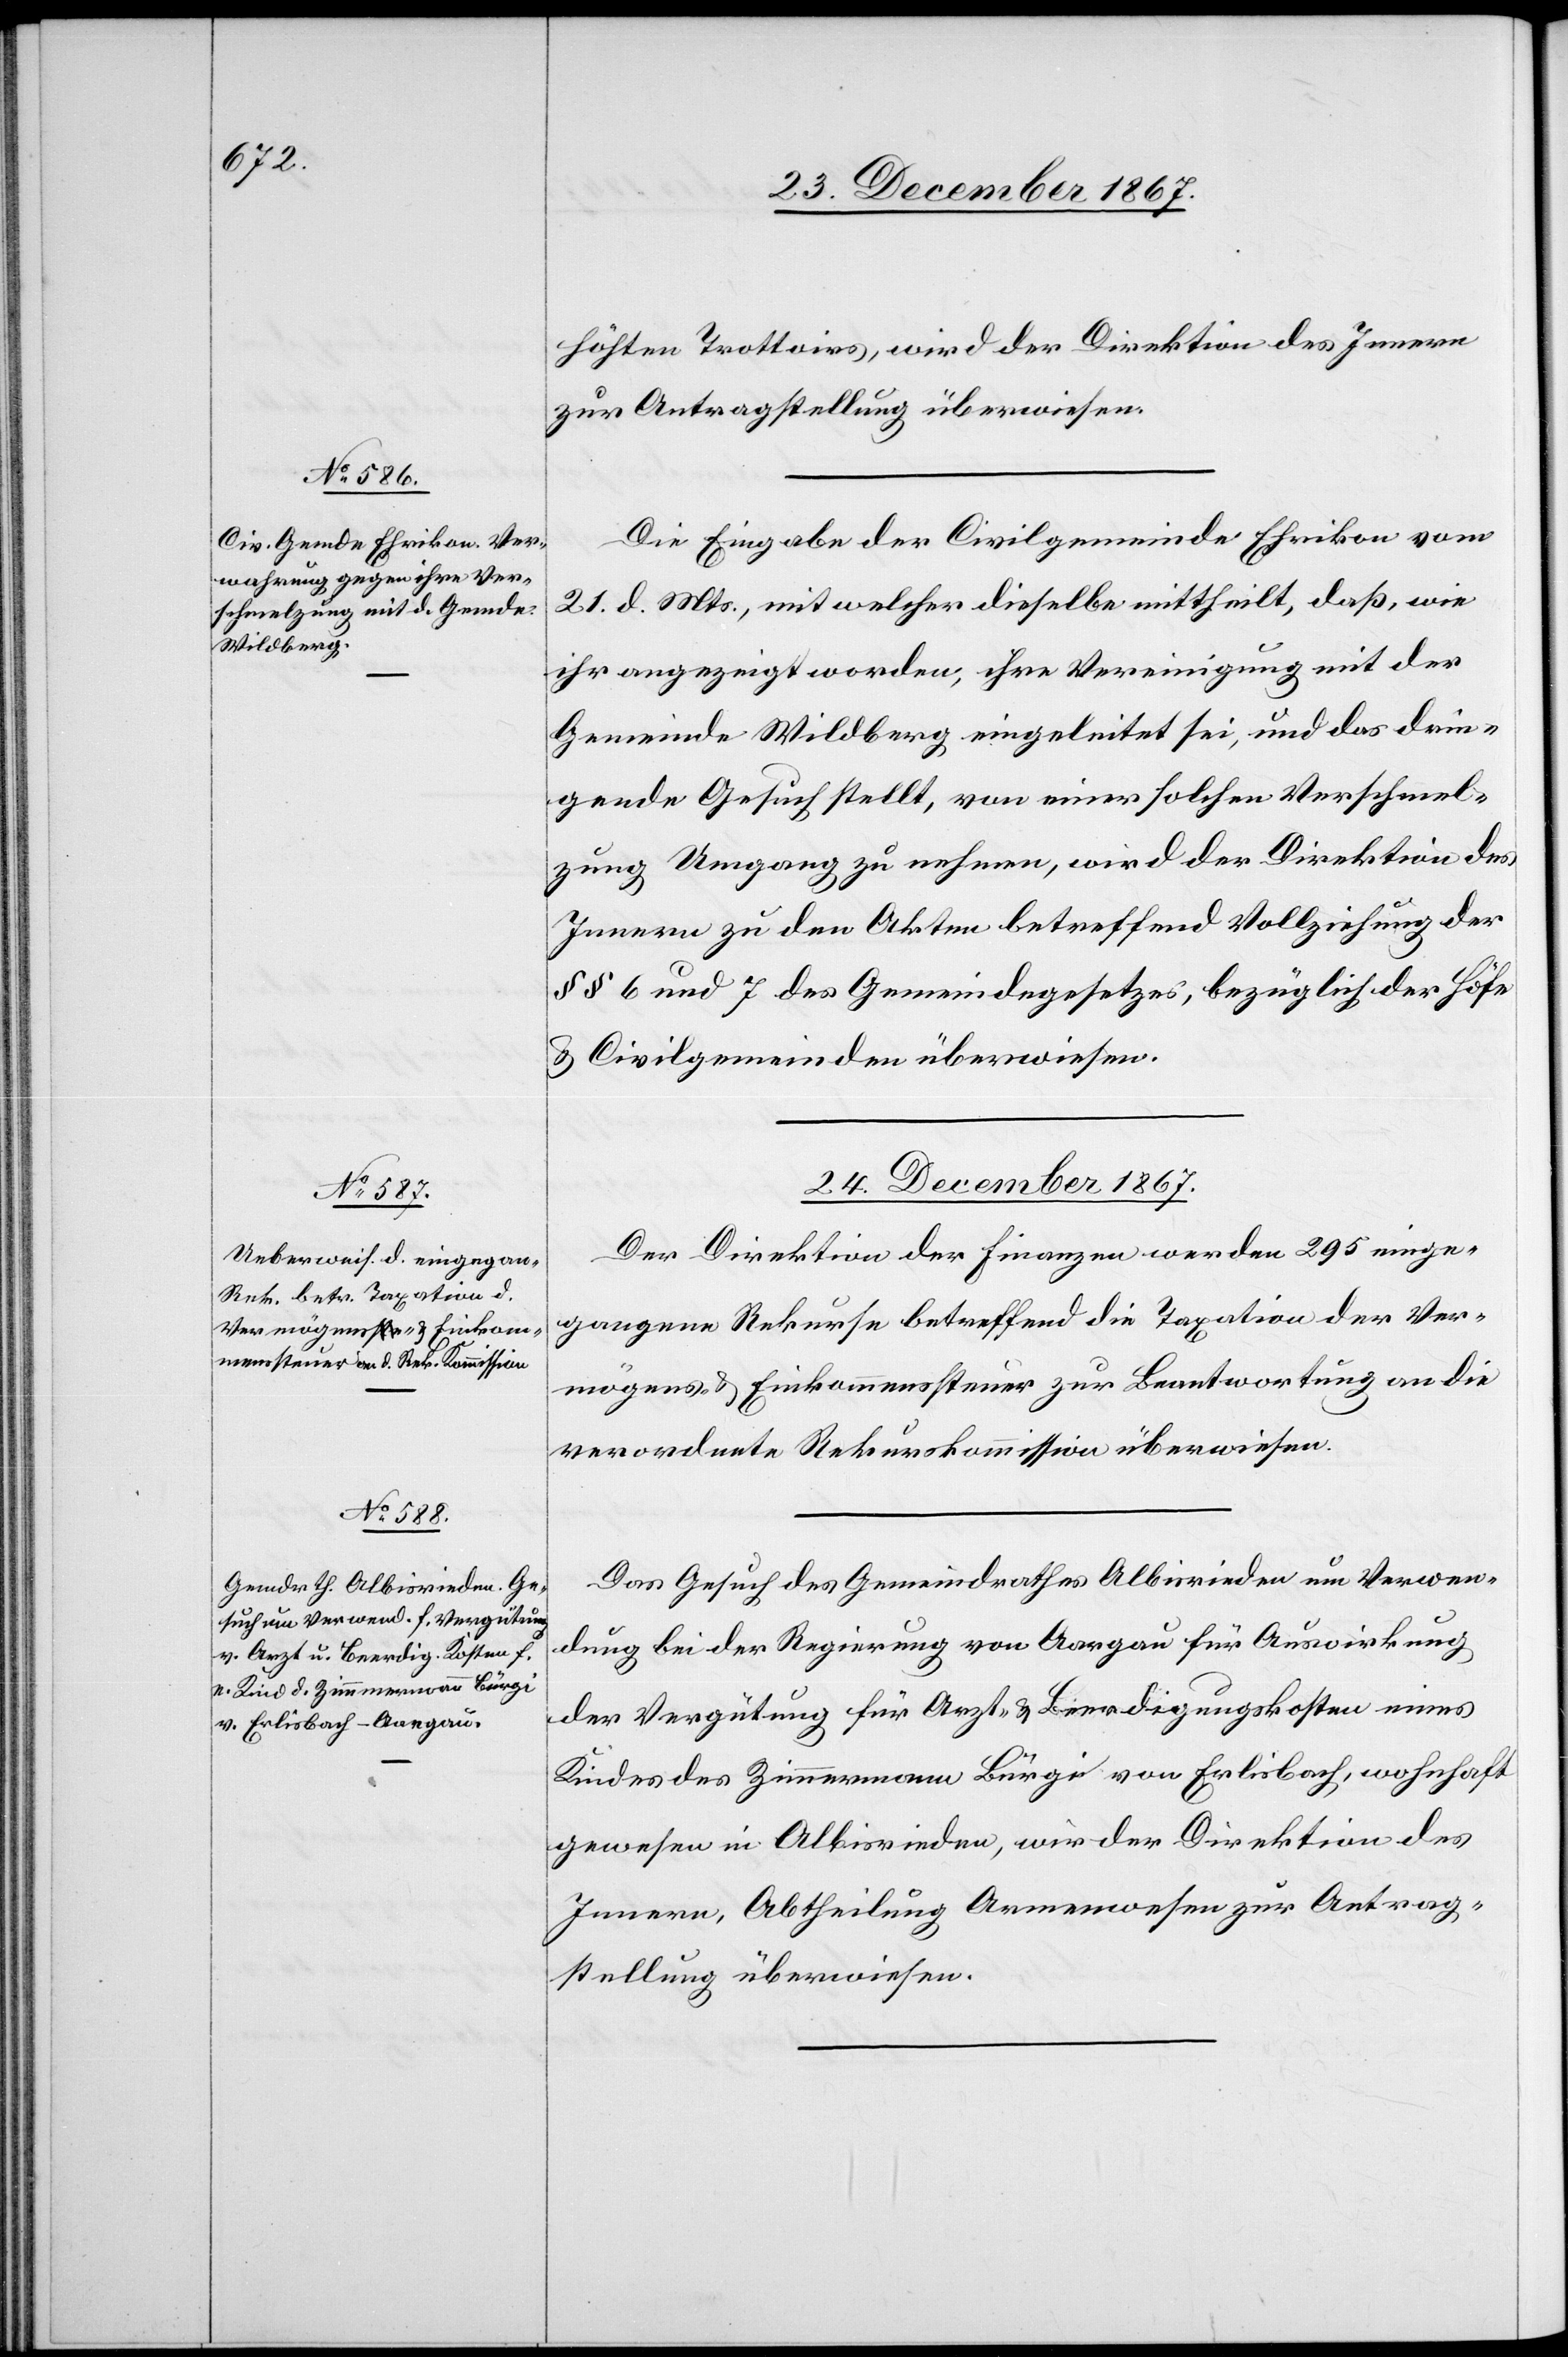
24. December 1867.]
höhten Trottoirs, wird der Direktion des Innern
zur Antragstellung überwiesen.
Die Eingabe der Civilgemeinde Ehrikon vom
21. d. Mts., mit welcher dieselbe mittheilt, daß, wie
ihr angezeigt worden, ihre Vereinigung mit der
Gemeinde Wildberg eingeleitet sei, und das drin¬
gende Gesuch stellt, von einer solchen Verschmel¬
zung Umgang zu nehmen, wird der Direktion des
Innern zu den Akten betreffend Vollziehung der
§§ 6 und 7 des Gemeindegesetzes, bezüglich der Höfe
u. Civilgemeinden überwiesen.
24. December 1867.
Der Direktion der Finanzen werden 295 einge¬
gangene Rekurse betreffend die Taxation der Ver¬
mögens- u. Einkommenssteuer zur Beantwortung an die
verordnete Rekurskommission überwiesen.
Das Gesuch des Gemeindrathes Albisrieden um Verwen¬
dung bei der Regierung von Aargau für Auswirkung
der Vergütung für Arzt- u. Beerdigungskosten eines
Kindes des Zimmermann Bürgi von Erlisbach, wohnhaft
gewesen in Albisrieden, wir[d] der Direktion des
Innern, Abtheilung Armenwesen zur Antrag¬
stellung überwiesen.